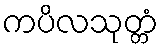
ကပိလသုတ္တံ